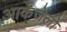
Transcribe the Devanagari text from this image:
आर्केंजेलो